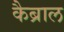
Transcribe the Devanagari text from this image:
कैब्राल